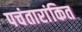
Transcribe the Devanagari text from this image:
पचंतारांकित